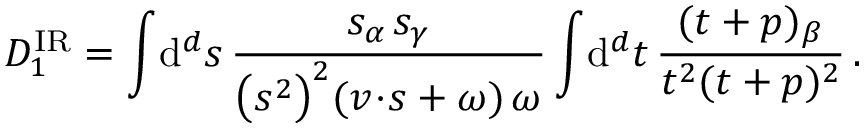
D _ { 1 } ^ { \mathrm { I R } } = \int \! \mathrm { d } ^ { d } s \, \frac { s _ { \alpha } \, s _ { \gamma } } { \big ( s ^ { 2 } \big ) ^ { 2 } ( v \! \cdot \! s + \omega ) \, \omega } \int \! \mathrm { d } ^ { d } t \, \frac { ( t + p ) _ { \beta } } { t ^ { 2 } ( t + p ) ^ { 2 } } \, .